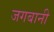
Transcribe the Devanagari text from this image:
जगबानी